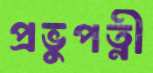
প্রভুপত্নী